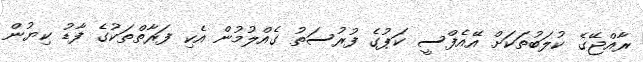
ރާއްޖޭގެ ކުލަބުތަކަށް އޭއެފްސީ ކަޕުގެ ފުރުސަތު ގެއްލުމުން އެކި ފަރާތްތަކުގެ ފާޑު ކިޔުން